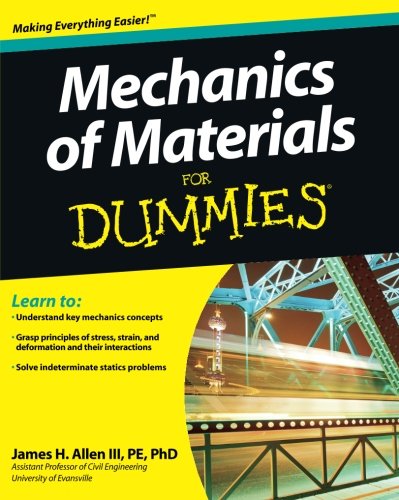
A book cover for Mechanics of Materials For Dummies; James H. Allen III; Science & Math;